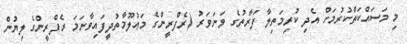
މި މަސައްކަތްކުރުމަށް އެދި ކުރިމަތިލާ ފަރާތުގެ ވަނަވަރު (ރެފްރީންގެ މަޢުލޫމާތުދީފައިވާނަމަ ރެފްރީންގެ ލިޔުން